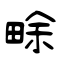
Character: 畭